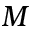
M